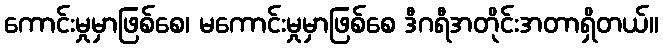
ကောင်းမှုမှာဖြစ်စေ၊ မကောင်းမှုမှာဖြစ်စေ ဒီဂရီအတိုင်းအတာရှိတယ်။